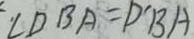
\angle D B A = D ^ { \prime } B A